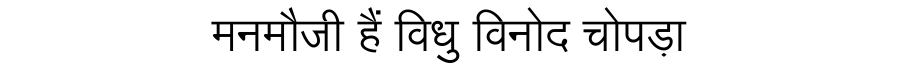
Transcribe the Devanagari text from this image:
मनमौजी हैं विधु विनोद चोपड़ा